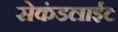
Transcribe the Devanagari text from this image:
सेकंडलाईट